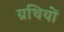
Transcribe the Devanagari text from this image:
ग्रथियों